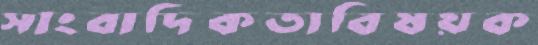
সাংবাদিকতাবিষয়ক